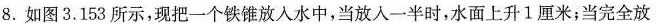
8.如图3.153所示，现把一个铁锥放入水中，当放入一半时，水面上升1厘米；当完全放